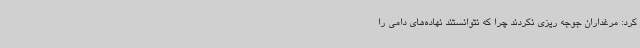
کرد: مرغداران جوجه ریزی نکردند چرا که نتوانستند نهاده‌های دامی را